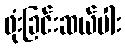
ဖုံးခြင်းဆယ်ပါး